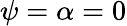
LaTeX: \psi=\alpha=0